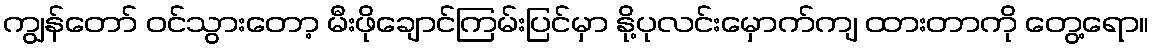
ကျွန်တော် ဝင်သွားတော့ မီးဖိုချောင်ကြမ်းပြင်မှာ နို့ပုလင်းမှောက်ကျ ထားတာကို တွေ့ရော။